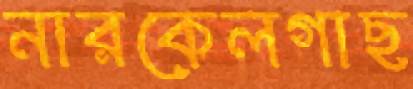
নারকেলগাছ